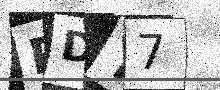
Text: PDY7